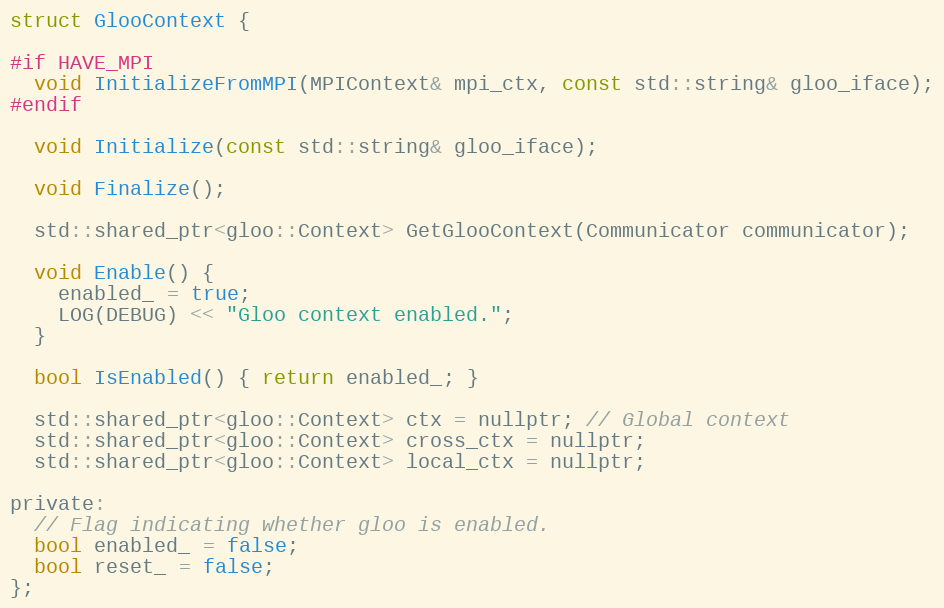
Language: C
struct GlooContext {

#if HAVE_MPI
  void InitializeFromMPI(MPIContext& mpi_ctx, const std::string& gloo_iface);
#endif

  void Initialize(const std::string& gloo_iface);

  void Finalize();

  std::shared_ptr<gloo::Context> GetGlooContext(Communicator communicator);

  void Enable() {
    enabled_ = true;
    LOG(DEBUG) << "Gloo context enabled.";
  }

  bool IsEnabled() { return enabled_; }

  std::shared_ptr<gloo::Context> ctx = nullptr; // Global context
  std::shared_ptr<gloo::Context> cross_ctx = nullptr;
  std::shared_ptr<gloo::Context> local_ctx = nullptr;

private:
  // Flag indicating whether gloo is enabled.
  bool enabled_ = false;
  bool reset_ = false;
};